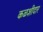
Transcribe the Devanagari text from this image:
कळशीदार